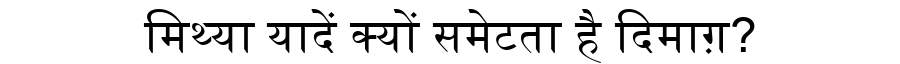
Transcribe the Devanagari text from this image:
मिथ्या यादें क्यों समेटता है दिमाग़?